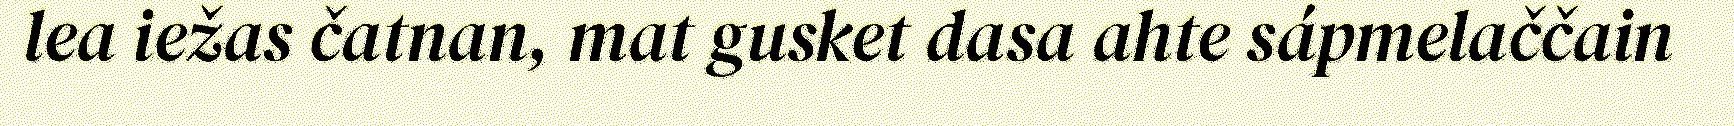
lea iežas čatnan, mat gusket dasa ahte sápmelaččain